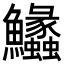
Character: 𩽵